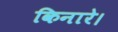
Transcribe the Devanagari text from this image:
किनारे।